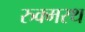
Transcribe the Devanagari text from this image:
रुक्मरथ